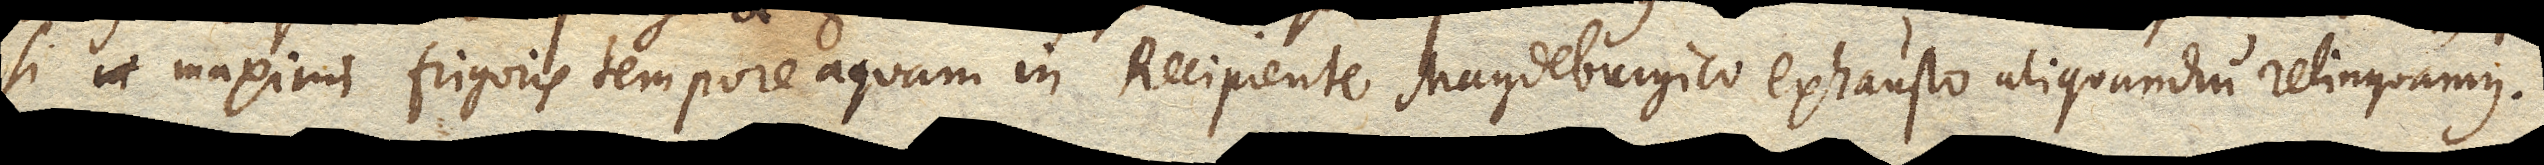
si maximi frigoris tempore aquam in Recipiente Magdeburgico exhausto aliquandiu relinquamus.